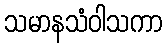
သမာနသံဝါသကာ